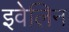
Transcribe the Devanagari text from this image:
इवेलिन